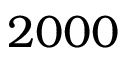
2 0 0 0